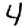
Digit: 4